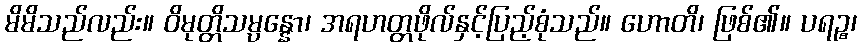
မိမိသည်လည်း။ ဝိမုတ္တိသမ္ပန္နော၊ အရဟတ္တဖိုလ်နှင့်ပြည့်စုံသည်။ ဟောတိ၊ ဖြစ်၏။ ပရဉ္စ၊